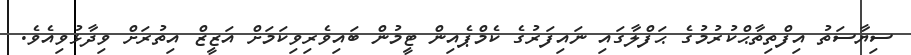
ސިޔާސަތު އިފްތިތާޙްކުރުމުގެ ޙަފްލާގައި ނައިފަރުގެ ކެމްޕެއިން ޓީމުން ބައިވެރިވިކަމަށް އަޒީޒް އިތުރަށް ވިދާޅުވިއެވެ.